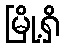
မြို့ရှိ